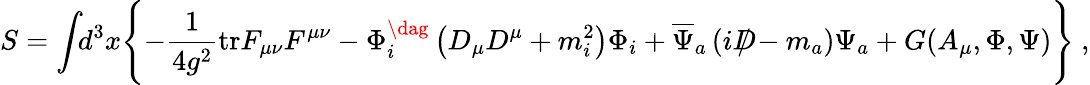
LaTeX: S=\int\! \! d^{3}x\Biggl\{ -\frac{1}{4g^{2}}\mathrm{tr}F_{\mu\nu}F^{\mu\nu}-\Phi_{i}^{\dag}\left(D_{\mu}D^{\mu}+m_{i}^{2}\right)\Phi_{i}+\overline{{{\Psi}}}_{a}\left(iD\! \! \! \! /-m_{a}\right)\Psi_{a}+G(A_{\mu},\Phi,\Psi)\Biggr\} \ ,